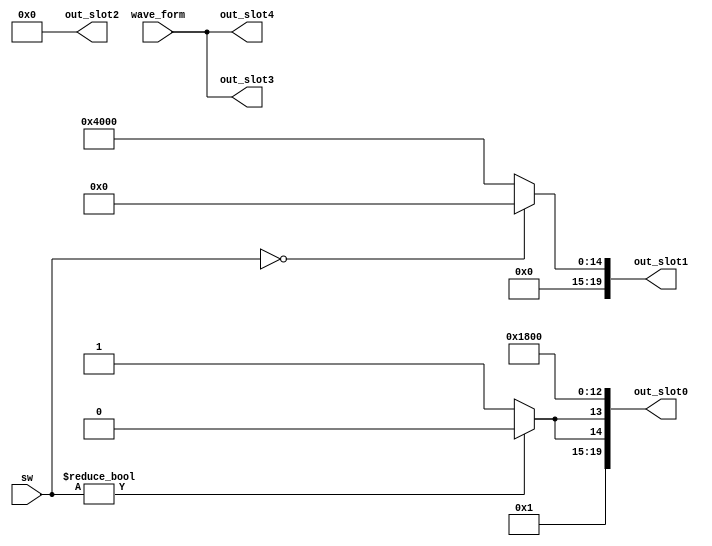
`timescale 1ns / 1ps
//////////////////////////////////////////////////////////////////////////////////
// Company: 
// Engineer: 
// 
// Design Name: 
// Module Name:    slot_fsm 
// Project Name: 
// Target Devices: 
// Tool versions: 
// Description: 
//
// Dependencies: 
//
// Revision: 
// Revision 0.01 - File Created
// Additional Comments: 
//
//////////////////////////////////////////////////////////////////////////////////
module slot_fsm(output reg [19:0] out_slot0,	//Pad the rest with 0's
			       output reg [19:0] out_slot1,
					 output reg [19:0] out_slot2,
					 output reg [19:0] out_slot3,
					 output reg [19:0] out_slot4,
					 input      [19:0] wave_form,
					 input      [3:0] sw);				 
	always @(*) begin
		//SETTING SLOT 0 TO BE VALID
		out_slot0[0] = 1'b0; //Codec ID field, here always setting to primary here
      out_slot0[1] = 1'b0; //Codec ID field
		out_slot0[11] = 1'b1; // Slot 4
		out_slot0[12] = 1'b1; // Slot 3
		if (sw != 4'd0) begin
			out_slot0[13] = 1'b0; //Validates tag bits
			out_slot0[14] = 1'b0; //Validates tag bits
		end
		else begin
			out_slot0[13] = 1'b1; //Validates tag bits - Slot 2
			out_slot0[14] = 1'b1; //Validates tag bits - Slot 1
		end
      out_slot0[15] = 1'b1; //Sets AC-link frame valid 
      out_slot0[10:2] = 9'd0; //Filling in 0's
      out_slot0[19:16] = 5'd0; //Filling in 0's
		
		//SETTING SLOT 1 TO BE VALID
		if (sw == 4'd0)
			out_slot1[19:0] = {8'd0, 12'd0}; //ADDRESS: "Set to "04" hexidecimal" -Hany
		else
			out_slot1[19:0] = {8'd4, 12'd0};
		out_slot2[19:0] = 20'd0; //DATA
		
		//SETTING SLOT 3 AND 4 VALID (WAVEFORM)
		out_slot3[19:0] = wave_form;
		out_slot4[19:0] = wave_form;
	end
endmodule